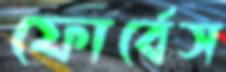
ফোর্বেস